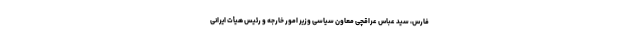
فارس، سید عباس عراقچی معاون سیاسی وزیر امور خارجه و رئیس هیأت ایرانی